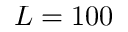
L = 1 0 0